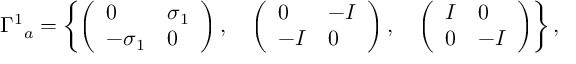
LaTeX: { \Gamma ^ { 1 } } _ { a } = \left\{ \left( \begin{array} { l l } { { 0 } } & { { \sigma _ { 1 } } } \\ { { - \sigma _ { 1 } } } & { { 0 } } \end{array} \right) , \quad \left( \begin{array} { l l } { { 0 } } & { { - I } } \\ { { - I } } & { { 0 } } \end{array} \right) , \quad \left( \begin{array} { l l } { { I } } & { { 0 } } \\ { { 0 } } & { { - I } } \end{array} \right) \right\} ,